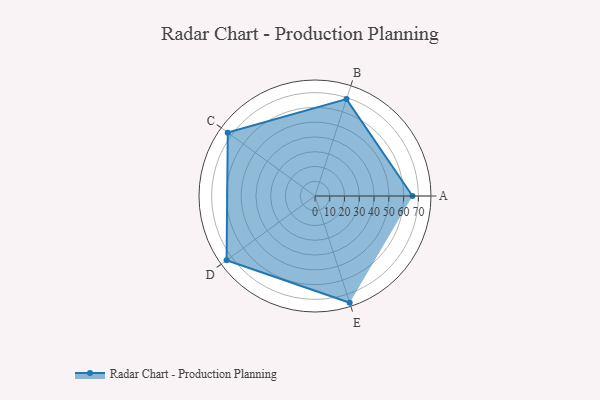
{"axis": {"x": "Skill", "y": "Score"}, "legend": ["Profile"], "data": [{"x": "A", "y": 66.0, "type": "Profile"}, {"x": "B", "y": 69.0, "type": "Profile"}, {"x": "C", "y": 73.0, "type": "Profile"}, {"x": "D", "y": 74.0, "type": "Profile"}, {"x": "E", "y": 76.0, "type": "Profile"}]}